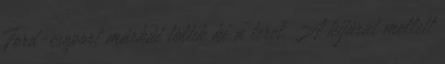
Ford-csoport márkái töltik ki a teret. A kijárat mellett